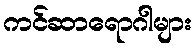
ကင်ဆာရောဂါများ